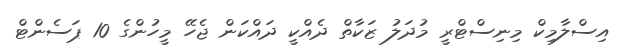
އިސްލާމިކް މިނިސްޓްރީ މުދަލު ޒަކާތް ދެއްކީ ދައްކަން ޖެހޭ މީހުންގެ 10 ޕަސެންޓް